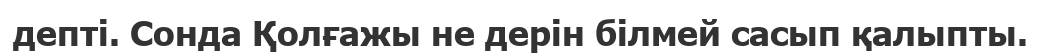
депті. Сонда Қолғажы не дерін білмей сасып қалыпты.